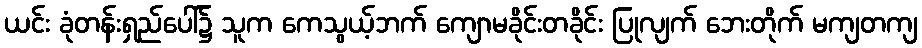
ယင်း ခုံတန်းရှည်ပေါ်၌ သူက ကေသွယ့်ဘက် ကျောမခိုင်းတခိုင်း ပြုလျက် ဘေးတိုက် မကျတကျ